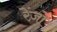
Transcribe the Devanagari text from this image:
रेंज़ो